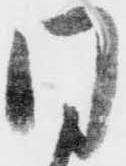
同